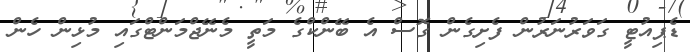
ޑެޕިއުޓީ ގަވަރުނަރުން ފެށިގެން ގޮސް އެ ބޭންކްގެ މަތީ މެނޭޖްމަންޓްގައި މުޅިން ހެން